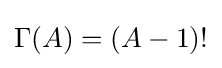
\Gamma (A)=(A-1)!